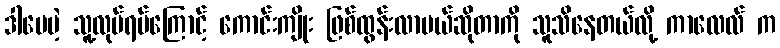
ဒါပေမဲ့ သူ့လုပ်ရပ်ကြောင့် ကောင်းကျိုး ဖြစ်ထွန်းလာမယ်ဆိုတာကို သူသိနေတယ်လို့ ကာလေလ် က